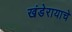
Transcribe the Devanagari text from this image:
खंडेरायाचे